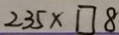
2 3 5 \times \square 8